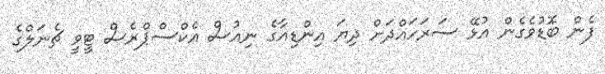
ފެން ބޮޑުވެގެން އުޅޭ ސަރަހައްދަށް ދިޔަ އިންޑިއާގެ ނިއުސް އެކްސްޕްރެސް ޓީވީ ޗެނަލްގެ